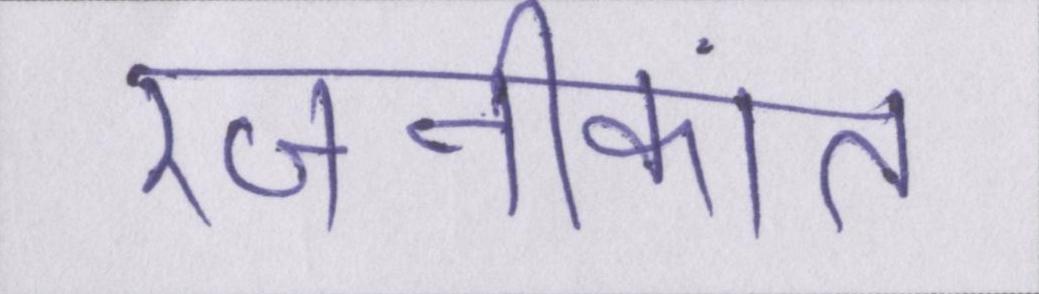
रजनीकांत